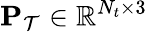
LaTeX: \mathbf{P}_{\mathcal{T}}\in\mathbb{R}^{N_{t}\times 3}